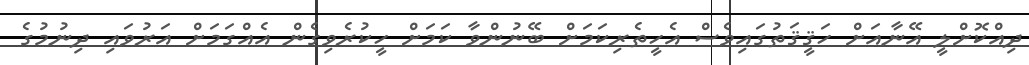
ދިއްކޮށްލީ އޭނާއަށް ހަޤީޤަތުގައިވެސް އެހީތެރިކަމަށް ބޭނުންވާ ކަމަށް ހީކުރެވިގެން އެއްގަމަށް އަރުވައި ދިނުމުގެ